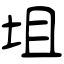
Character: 坥